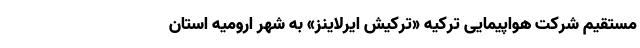
مستقیم شرکت هواپیمایی ترکیه «ترکیش ایرلاینز» به شهر ارومیه استان